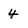
Character: 4